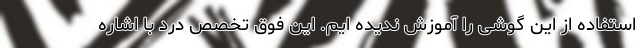
استفاده از این گوشی را آموزش ندیده ایم. این فوق تخصص درد با اشاره